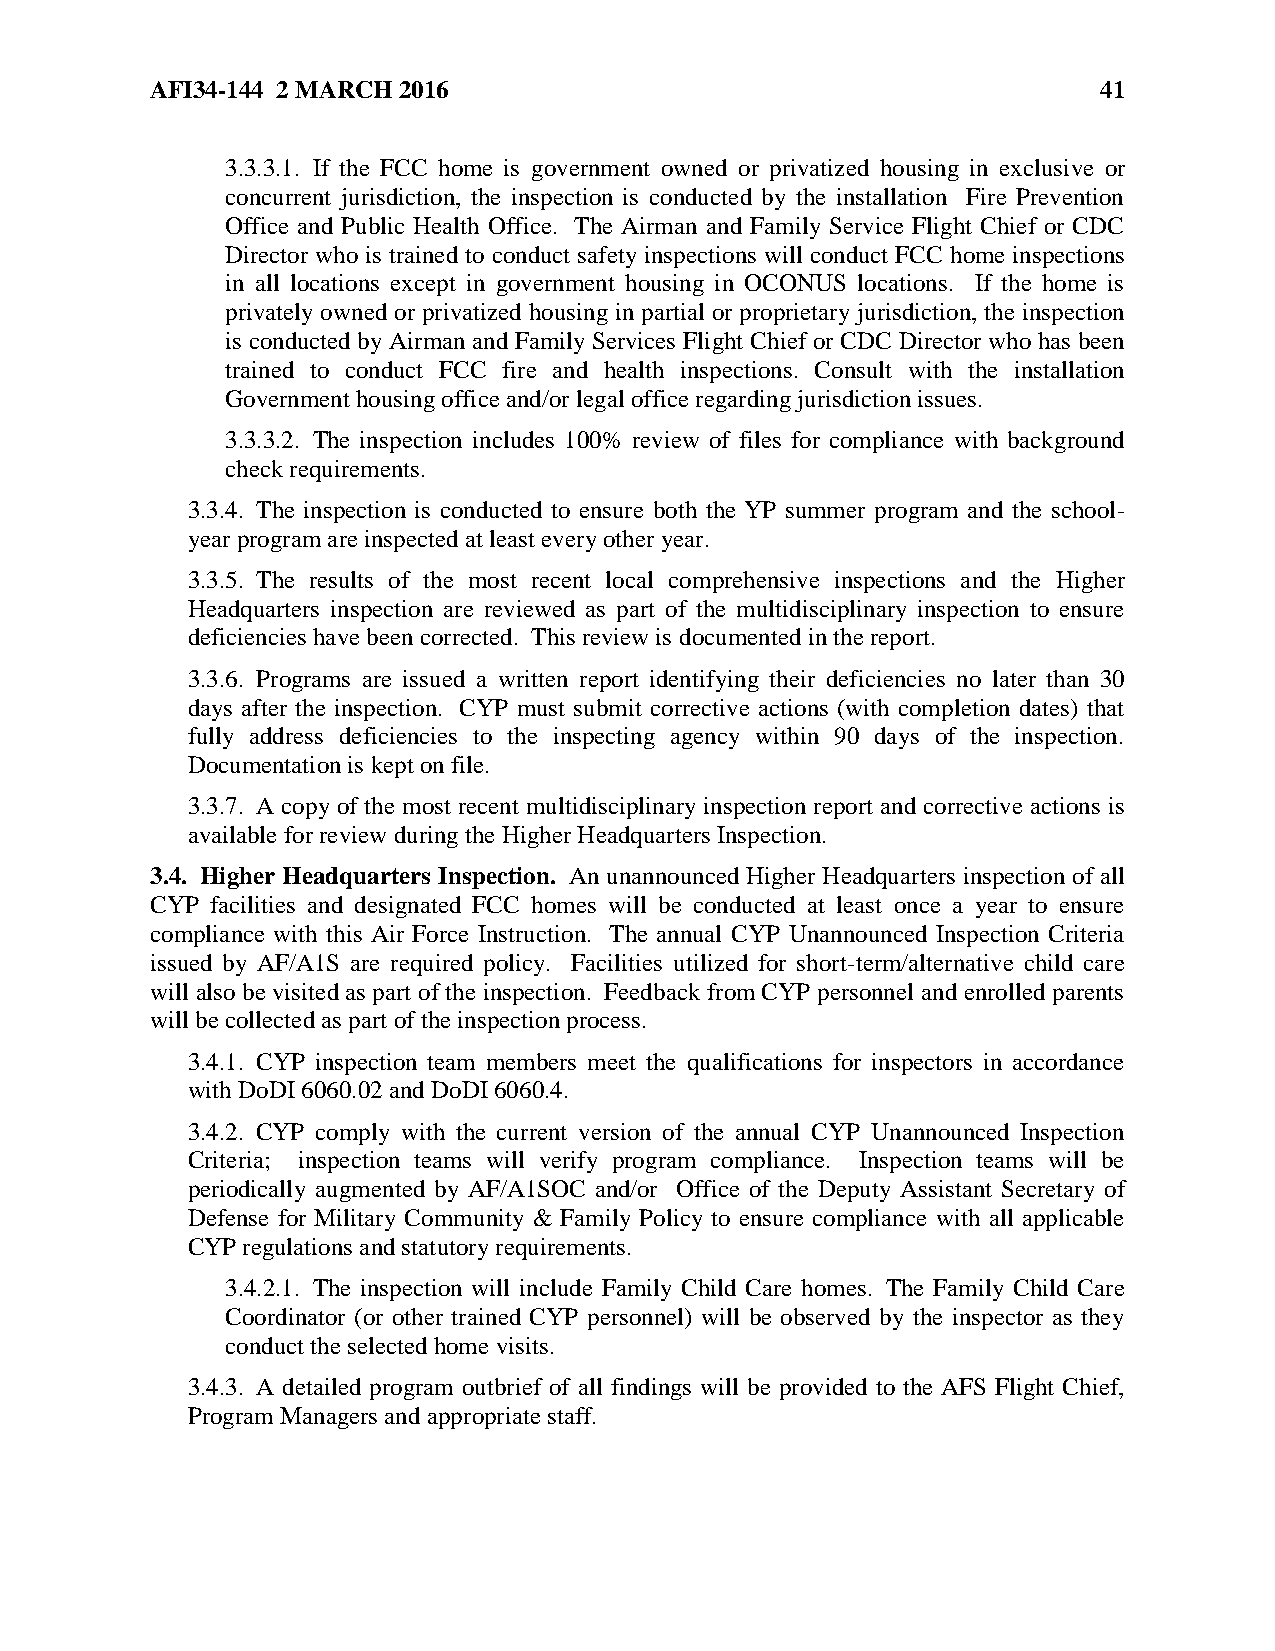
AFI34-144 2 MARCH 2016                                         41
 3.3.3.1. If the FCC home is government owned or privatized housing in exclusive or
 concurrent jurisdiction, the inspection is conducted by the installation Fire Prevention
 Office and Public Health Office. The Airman and Family Service Flight Chief or CDC
 Director who is trained to conduct safety inspections will conduct FCC home inspections
 in all locations except in government housing in OCONUS locations. If the home is
 privately owned or privatized housing in partial or proprietary jurisdiction, the inspection
 is conducted by Airman and Family Services Flight Chief or CDC Director who has been
 trained to conduct FCC fire and health inspections. Consult with the installation
 Government housing office and/or legal office regarding jurisdiction issues.
 3.3.3.2. The inspection includes 100% review of files for compliance with background
 check requirements.
 3.3.4. The inspection is conducted to ensure both the YP summer program and the school-
 year program are inspected at least every other year.
 3.3.5. The results of the most recent local comprehensive inspections and the Higher
 Headquarters inspection are reviewed as part of the multidisciplinary inspection to ensure
 deficiencies have been corrected. This review is documented in the report.
 3.3.6. Programs are issued a written report identifying their deficiencies no later than 30
 days after the inspection. CYP must submit corrective actions (with completion dates) that
 fully address deficiencies to the inspecting agency within 90 days of the inspection.
 Documentation is kept on file.
 3.3.7. A copy of the most recent multidisciplinary inspection report and corrective actions is
 available for review during the Higher Headquarters Inspection.
 3.4. Higher Headquarters Inspection. An unannounced Higher Headquarters inspection of all
 CYP facilities and designated FCC homes will be conducted at least once a year to ensure
 compliance with this Air Force Instruction. The annual CYP Unannounced Inspection Criteria
 issued by AF/A1S are required policy. Facilities utilized for short-term/alternative child care
 will also be visited as part of the inspection. Feedback from CYP personnel and enrolled parents
 will be collected as part of the inspection process.
 3.4.1. CYP inspection team members meet the qualifications for inspectors in accordance
 with DoDI 6060.02 and DoDI 6060.4.
 3.4.2. CYP comply with the current version of the annual CYP Unannounced Inspection
 Criteria; inspection teams will verify program compliance. Inspection teams will be
 periodically augmented by AF/A1SOC and/or Office of the Deputy Assistant Secretary of
 Defense for Military Community & Family Policy to ensure compliance with all applicable
 CYP regulations and statutory requirements.
 3.4.2.1. The inspection will include Family Child Care homes. The Family Child Care
 Coordinator (or other trained CYP personnel) will be observed by the inspector as they
 conduct the selected home visits.
 3.4.3. A detailed program outbrief of all findings will be provided to the AFS Flight Chief,
 Program Managers and appropriate staff.